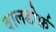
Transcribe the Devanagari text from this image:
वालडोर्फ़